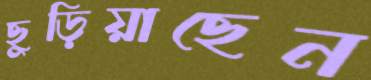
ছুড়িয়াছেন